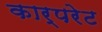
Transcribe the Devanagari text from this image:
कार्परेट